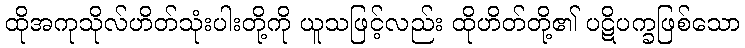
ထိုအကုသိုလ်ဟိတ်သုံးပါးတို့ကို ယူသဖြင့်လည်း ထိုဟိတ်တို့၏ ပဋိပက္ခဖြစ်သော